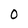
Character: 0